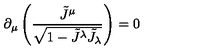
\partial _ { \mu } \left( \frac { \tilde { J } ^ { \mu } } { \sqrt { 1 - \tilde { J } ^ { \lambda } \tilde { J } _ { \lambda } } } \right) = 0